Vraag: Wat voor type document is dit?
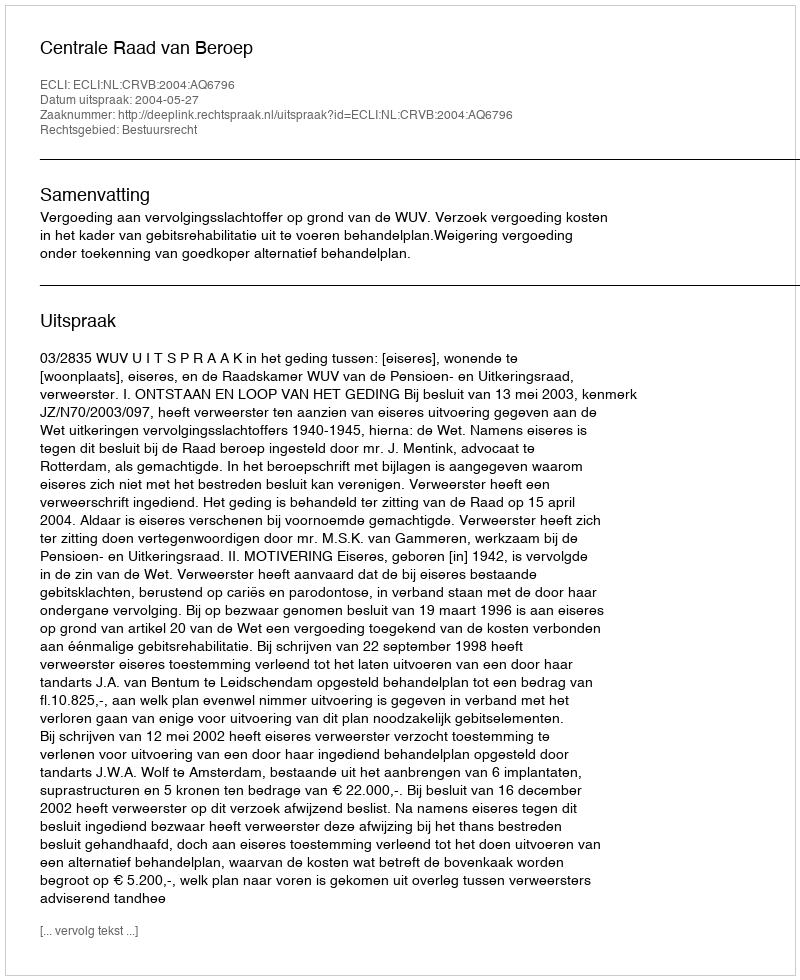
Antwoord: Uitspraak